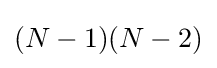
(N-1)(N-2)